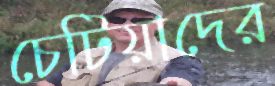
চেটিয়াদের